Report of the Indian Hemp Drugs Commission, 1894-1895 - Volume VI
Year: 1894
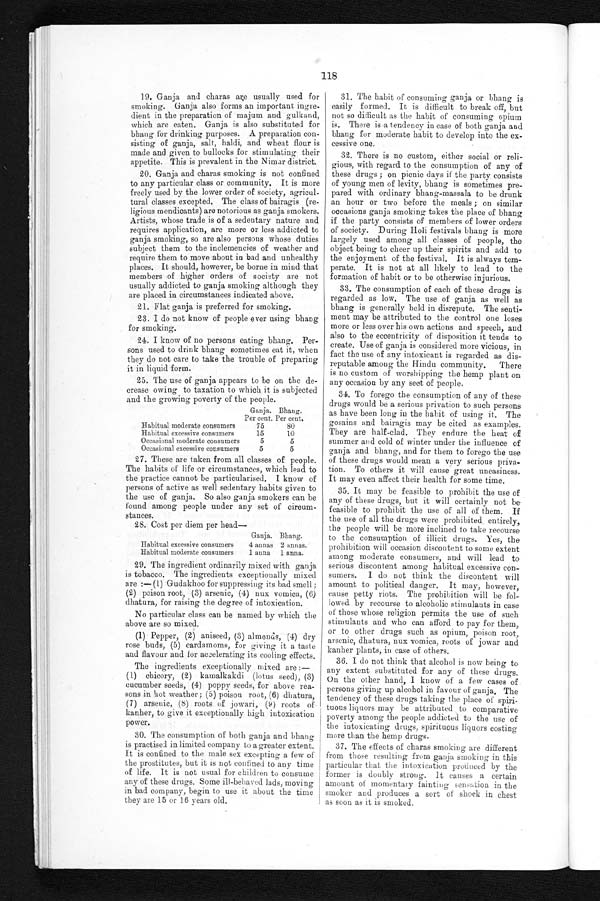
118
19. Ganja and charas are usually used for
smoking. Ganja also forms an important ingre
- d i e n t i n t h e p r e p a r a t i o n o f m a j u m a n d g u l k a n d ,
which are eaten. Ganja is also substituted for
bhang for drinking purposes. A preparation con
¬ s i s t i n g o f g a n j a , s a l t , h a l d i , a n d w h e a t f l o u r i s
made and given to bullocks for stimulating their
appetite. This is prevalent in the Nimar district.
20. Ganja and charas smoking is not confined
to any particular class or community. It is more
freely used by the lower order of society, agricul
¬tural classes excepted. The class of bairagis (re
¬ l i g i o u s m e n d i c a n t s ) a r e n o t o r i o u s a s g a n j a s m o k e r s .
Artists, whose trade is of a sedentary nature and
requires application, are more or less addicted to
ganja smoking, so are also persons whose duties
subject them to the inclemencies of weather and
require them to move about in bad and unhealthy
places. It should, however, be borne in mind that
members of higher orders of society are not
usually addicted to ganja smoking although they
are placed in circumstances indicated above.
21. Flat ganja is preferred for smoking.
23. I do not know of people ever using bhang
for smoking.
24. I know of no persons eating bhang. Per
- s o n s u s e d t o d r i n k b h a n g s o m e t i m e s e a t i t , w h e n
they do not care to take the trouble of preparing
it in liquid form.
25. The use of ganja appears to be on the de
- c r e a s e o w i n g t o t a x a t i o n t o w h i c h i t i s s u b j e c t e d
and the growing poverty of the people.
Ganja.
Per cent.
Bhang.
Per cent.
Habitual moderate consumers
75
80
Habitual excessive consumers
15
10
Occasional moderate consumers
5
5
Occasional excessive consumers
5
5
27. These are taken from all classes of people.
The habits of life or circumstances, which lead to
the practice cannot be particularised. I know of
persons of active as well sedentary habits given to
the use of ganja. So also ganja smokers can be
found among people under any set of circum-
stances.
28. Cost per diem per head-
Ganja. Mang.
Habitual excessive consumers
4 annas 2 annas.
Habitual moderate consumers
1 anna 1 anna.
29. The ingredient ordinarily mixed with ganja
is tobacco. The ingredients exceptionally mixed
are:— (1) Gudakhoo for suppressing its bad smell;
(2) poison root, (3) arsenic, (4) nux vomica, (6)
dhatura, for raising the degree of intoxication.
No particular class can be named by which the
above are so mixed.
(1) Pepper, (2) aniseed, (3) almonds, (4) dry
rose buds, (5) cardamoms, for giving it a taste
and flavour and for accelerating its cooling effects.
The ingredients exceptionally mixed are
: — ( 1 ) c h i c o r y , ( 2 ) k a m a l k a k d i ( l o t u s s e e d ) , ( 3 )
cucumber seeds, (4) poppy seeds, for above rea
¬ s o n s i n h o t w e a t h e r ; ( 5 ) p o i s o n r o o t , ( 6 ) d h a t u r a ,
(7) arsenic, (8) roots of jowari, (9) roots of
kanher, to give it exceptionally high intoxication
power.
30. The consumption of both ganja and bhang
is practised in limited company to a greater extent.
It is confined to the male sex excepting a few of
the prostitutes, but it is not confined to any time
of life. It is not usual for children to consume
any of these drugs. Some ill-behaved lads, moving
in bad company, begin to use it about the time
they are 15 or 16 years old.
31. The habit of consuming ganja or bhang is
easily formed. It is difficult to break off, but
not so difficult as the habit of consuming opium
is. There is a tendency in case of both ganja and
bhang for moderate habit to develop into the ex
- c e s s i v e o n e .
32. There is no custom, either social or reli-
gious, with regard to the consumption of any of
these drugs; on picnic days if the party consists
of young men of levity, bhang is sometimes pre
- p a r e d w i t h o r d i n a r y b h a n g - m a s s a l a t o b e d r u n k
an hour or two before the meals; on similar
occasions ganja smoking takes the place of bhang
if the party consists of members of lower orders
of society. During Holi festivals bhang is more
largely used among all classes of people, the
object being to cheer up their spirits and add to
the enjoyment of the festival. It is always tem
- p e r a t e . I t i s n o t a t a l l l i k e l y t o l e a d t o t h e
formation of habit or to be otherwise injurious.
33. The consumption of each of these drugs is
regarded as low. The use of ganja as well as
bhang is generally held in disrepute. The senti
- m e n t m a y b e a t t r i b u t e d t o t h e c o n t r o l o n e l o s e s
more or less over his own actions and speech, and
also to the eccentricity of disposition it tends to
create. Use of ganja is considered more vicious, in
fact the use of any intoxicant is regarded as dis
- r e p u t a b l e a m o n g t h e H i n d u c o m m u n i t y . T h e r e
is no custom of worshipping the hemp plant on
any occasion by any sect of people.
34. To forego the consumption of any of these
drugs would be a serious privation to such persons
as have been long in the habit of using it. The
gosains and bairagis may be cited as examples.
They are half-clad. They endure the heat of
summer and cold of winter under the influence of
ganja and bhang, and for them to forego the use
of these drugs would mean a very serious priva
- t i o n . T o o t h e r s i t w i l l c a u s e g r e a t u n e a s i n e s s .
It may even affect their health for some time.
35. It may be feasible to prohibit the use of
any of these drugs but it will certainly not be
feasible to prohibit the use of all of them. If
the use of all the drugs were prohibited entirely,
the people will be more inclined to take recourse
to the consumption of illicit drugs. Yes, the
prohibition will occasion discontent to some extent
among moderate consumers, and will lead to
serious discontent among habitual excessive con
¬ s u m e r s . I d o n o t t h i n k t h e d i s c o n t e n t w i l l
amount to political danger. It may, however,
cause petty riots. The prohibition will be fol
¬ l o w e d b y r e c o u r s e t o a l c o h o l i c s t i m u l a n t s i n c a s e
of those whose religion permits the use of such
stimulants and who can afford to pay for them,
or to other drugs such as opium, poison root,
arsenic, dhatura, nux vomica, roots of jowar and
kanher plants, in case of others.
36. I do not think that alcohol is now being to
any extent substituted for any of these drugs.
On the other hand, I know of a few cases of
persons giving up alcohol in favour of ganja. The
tendency of these drugs taking the place of spiri
- t u o u s l i q u o r s m a y b e a t t r i b u t e d t o c o m p a r a t i v e
poverty among the people addicted to the use of
the intoxicating drugs, spirituous liquors costing
more than the hemp drugs.
37. The effects of charas smoking are different
from those resulting from ganja smoking in this
particular that the intoxication produced by the
former is doubly strong. It causes a certain
amount of momentary fainting sensation in the
smoker and produces a sort of shock in chest
as soon as it is smoked.